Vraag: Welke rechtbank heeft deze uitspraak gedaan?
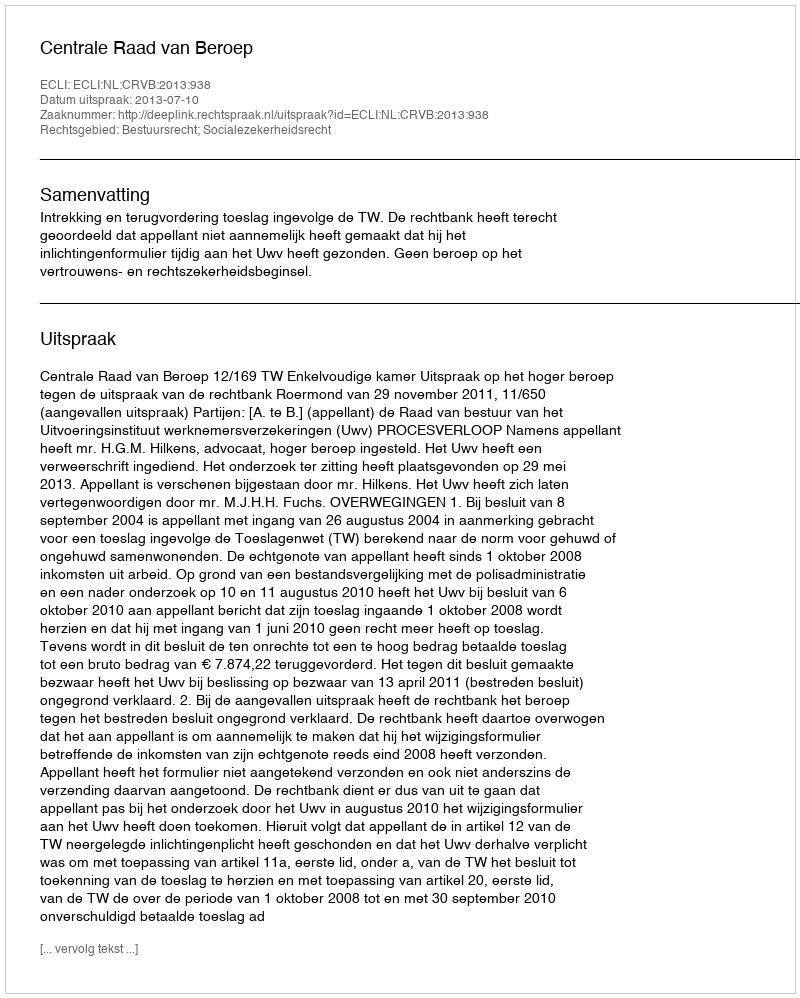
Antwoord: Centrale Raad van Beroep